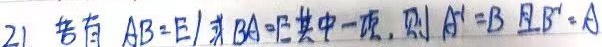
21. 若有 \(AB = E\) 或 \(BA = E\) 其中一项，则 \(A^{-1}=B\) 且 \(B^{-1}=A\)